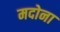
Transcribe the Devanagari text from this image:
मदोना